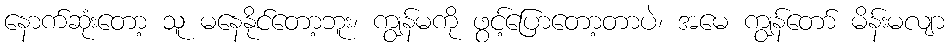
နောက်ဆုံးတော့ သူ မနေနိုင်တော့ဘူး၊ ကျွန်မကို ဖွင့်ပြောတော့တာပဲ၊ အမေ ကျွန်တော် မိန်းမလျာ